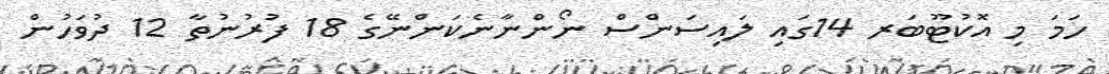
ހަމަ މި އޮކުޓޫބަރ 14ގައި ލައިސަންސް ނޯންނާނެކަންނޭގެ 18 ފުރުނުތާ 12 ދުވަހުން